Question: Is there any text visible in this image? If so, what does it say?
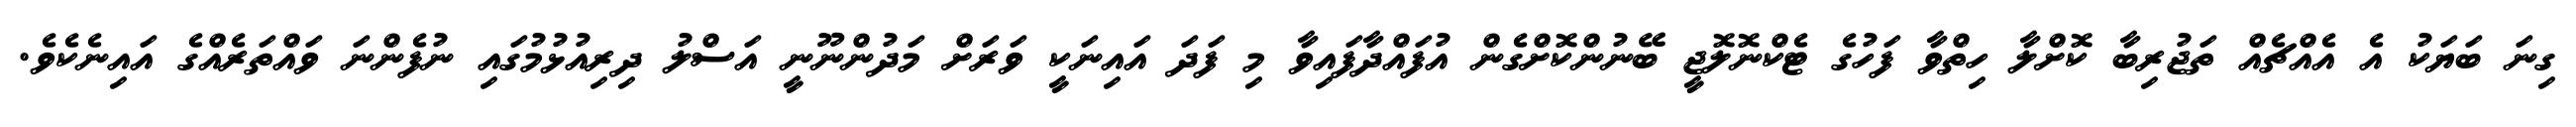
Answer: ގިނަ ބަޔަކު އެ އެއްޗެއް ތަޖުރިބާ ކޮށްލާ ހިތްވާ ފަހުގެ ޓެކްނޮލޮޖީ ބޭނުންކޮށްގެން އުފައްދާފައިވާ މި ފަދަ އައިނަކީ ވަރަށް މަދުންނޫނީ އަސްލު ދިރިއުޅުމުގައި ނުފެންނަ ވައްތަރެއްގެ އައިނެކެވެ.